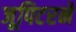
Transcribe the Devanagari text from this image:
जूपिटरने